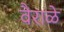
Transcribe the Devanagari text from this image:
वैराळे